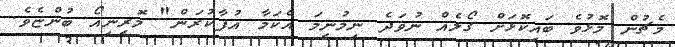
މެޗުން މޮޅުވެ ބައިކޮޅަށް ގޯލެއް ނުވަދެ ނިމުނީމަ އެކަމާ އުފާކުރަން" މޮރީނިއޯ ބުންޏެވެ.